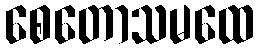
စေတောသမထေ